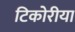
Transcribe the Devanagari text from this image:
टिकोरीया